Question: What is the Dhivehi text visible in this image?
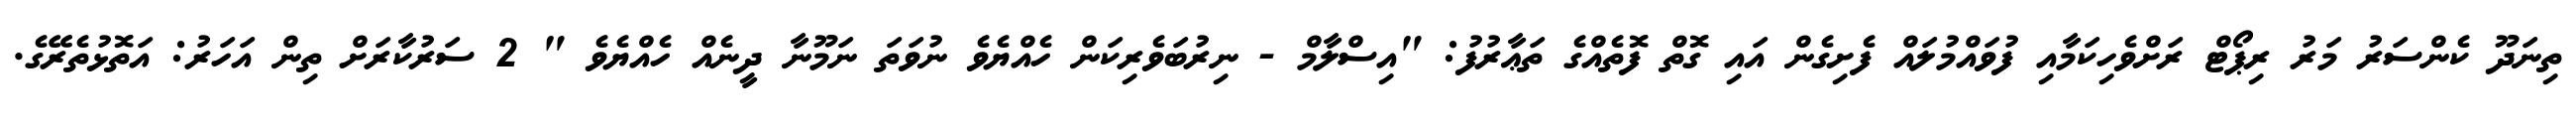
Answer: ތިނަދޫ ކެންސަރު މަރު ރިޕޯޓް ރަށްވެހިކަމާއި ފުވައްމުލައް ފެށިގެން އައި ގޮތް ފޮތެއްގެ ތަޢާރުފު: "އިސްލާމް - ނިރުބަވެރިކަން ހެއްޔެވެ ނުވަތަ ނަމޫނާ ދީނެއް ހެއްޔެވެ " 2 ސަރުކާރަށް ތިން އަހަރު: އަތޮޅުތެރޭގެ.